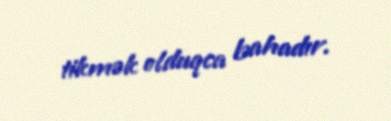
tikmək olduqca bahadır.